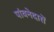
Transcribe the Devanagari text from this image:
पांवनेदारों